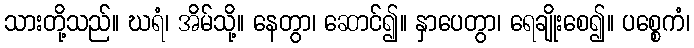
သားတို့သည်။ ဃရံ၊ အိမ်သို့။ နေတွာ၊ ဆောင်၍။ နှာပေတွာ၊ ရေချိုးစေ၍။ ပစ္စေကံ၊